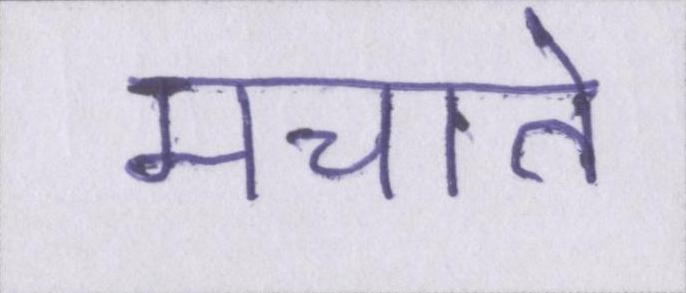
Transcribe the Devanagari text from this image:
मचाते